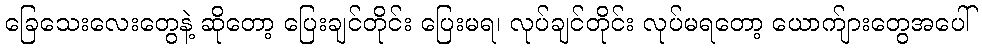
ခြေသေးလေးတွေနဲ့ ဆိုတော့ ပြေးချင်တိုင်း ပြေးမရ၊ လုပ်ချင်တိုင်း လုပ်မရတော့ ယောက်ျားတွေအပေါ်